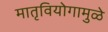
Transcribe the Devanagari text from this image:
मातृवियोगामुळे